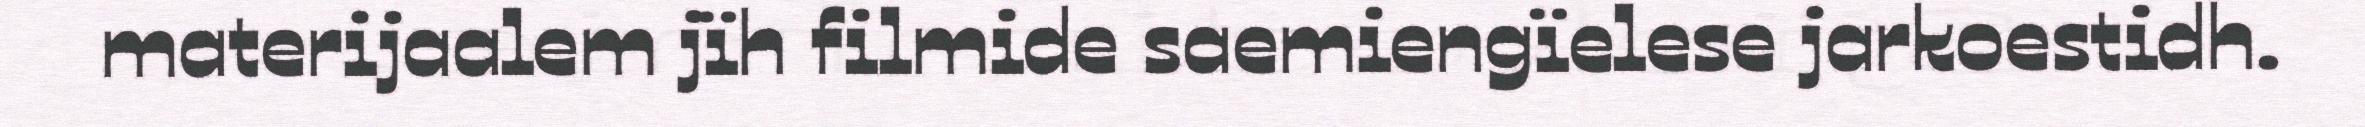
materijaalem jïh filmide saemiengïelese jarkoestidh.